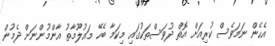
އެހެން ނަމަވެސް ކުރިއަށް އޮތް ދުވަސްތަކުގައި މިކަމާ ބެހޭ މައުލޫމާތު އާންމުންނަށް ދެމުން